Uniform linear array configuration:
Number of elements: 12
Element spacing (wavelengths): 0.5
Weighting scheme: hann
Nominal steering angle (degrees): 45
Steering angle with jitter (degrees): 45.346
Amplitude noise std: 0.05
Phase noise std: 0.05

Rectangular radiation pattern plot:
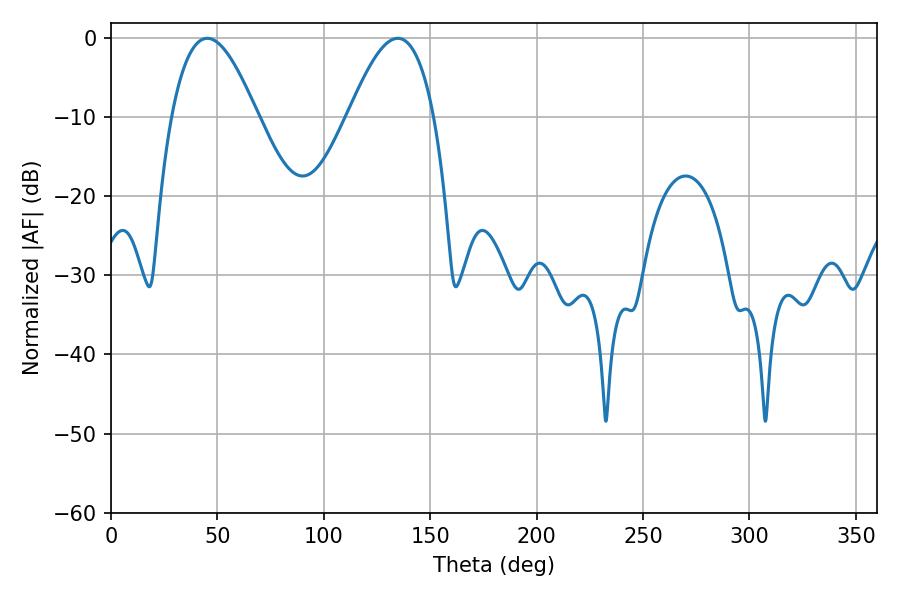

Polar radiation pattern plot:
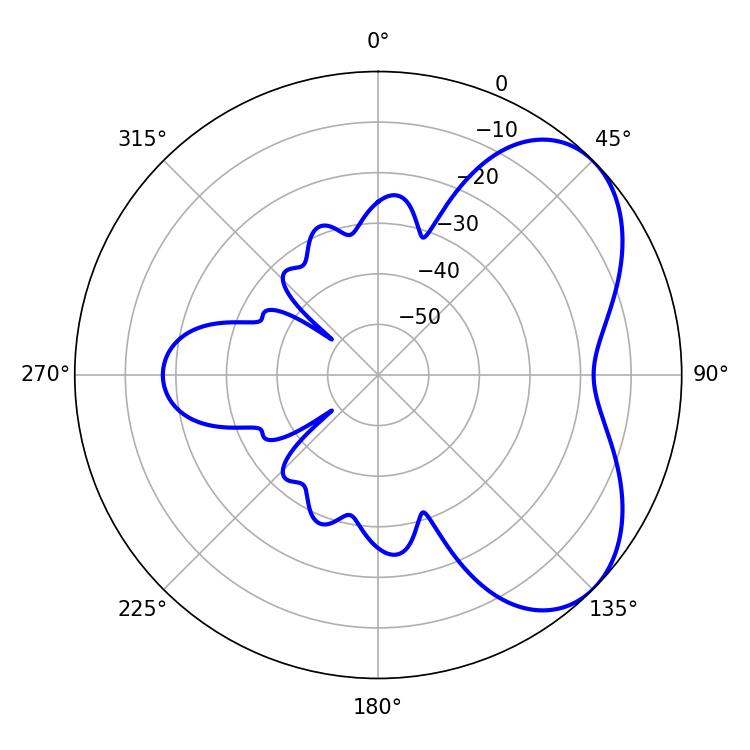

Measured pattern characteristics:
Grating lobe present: FALSE
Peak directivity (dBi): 5.184
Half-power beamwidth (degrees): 21.96
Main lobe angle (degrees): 45.18